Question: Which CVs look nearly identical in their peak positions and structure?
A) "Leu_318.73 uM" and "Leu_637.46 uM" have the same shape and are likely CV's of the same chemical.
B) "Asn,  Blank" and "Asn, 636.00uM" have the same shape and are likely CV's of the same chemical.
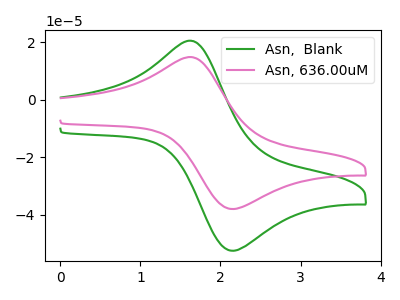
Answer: <think>The green curve "Asn,  Blank" has an anodic peak at (1.65V, 20.25uA) and a cathodic peak at (2.20V, -52.35uA). The pink curve "Asn, 636.00uM" has an anodic peak at (1.65V, 14.65uA) and a cathodic peak at (2.20V, -37.90uA).
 All the peaks in "Asn,  Blank" have a peak in "Asn, 636.00uM" at the same potential. Every peak in "Asn,  Blank" is higher than every peak in "Asn, 636.00uM".</think>
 <answer>B) "Asn,  Blank" and "Asn, 636.00uM" have the same shape and are likely CV's of the same chemical.</answer>
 <eval>B</eval>